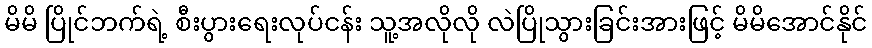
မိမိ ပြိုင်ဘက်ရဲ့ စီးပွားရေးလုပ်ငန်း သူ့အလိုလို လဲပြိုသွားခြင်းအားဖြင့် မိမိအောင်နိုင်